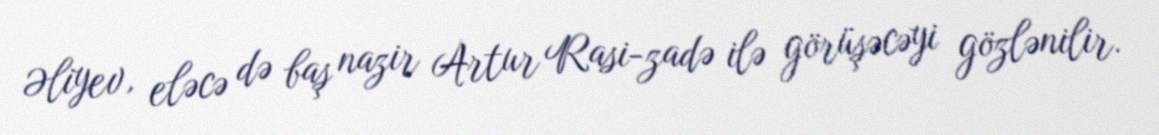
Əliyev, eləcə də baş nazir Artur Rasi-zadə ilə görüşəcəyi gözlənilir.